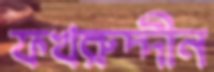
ফখরুদ্দীন